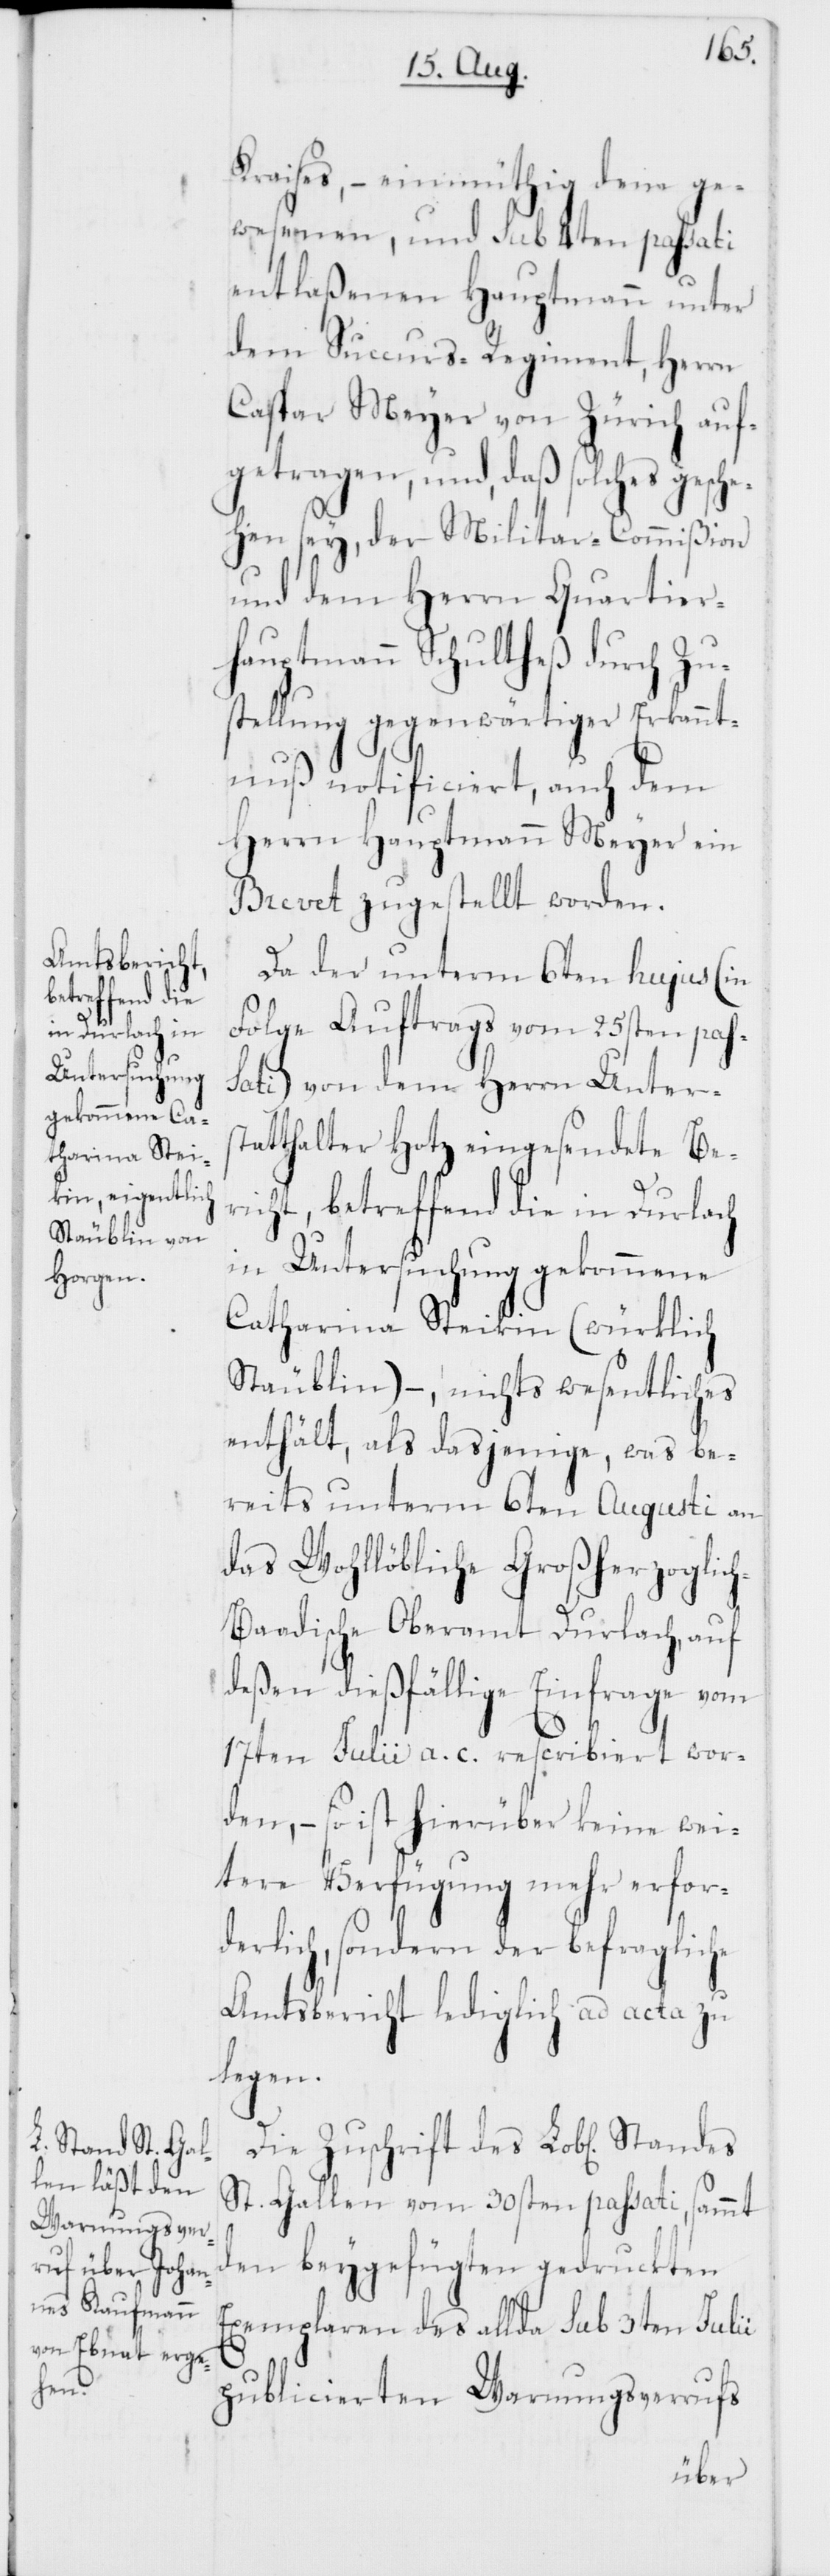
Kraises, – einmüthig dem ge¬
wesenen, und sub 4ten passati
entlaßenen Hauptmann unter
dem Succurs-Regiment, Herrn
Caspar Meyer von Zürich auf¬
getragen, und daß solches gesche¬
hen sey, der Militar-Commißion
und dem Herrn Quartier¬
hauptmann Schultheß durch Zu¬
stellung gegenwärtiger Erkannt¬
nuß notificiert, auch dem
Herrn Hauptmann Meyer ein
Brevet zugestellt worden.
Da der unterm 6ten hujus (in
Folge Auftrags vom 25sten pas¬
sati) von dem Herrn Unters¬
tatthalter Hotz eingesendete Be¬
richt, betreffend die in Durlach
in Untersuchung gekommene
Catharina Steikin (würklich
Stäublin) –, nichts wesentliches
enthält, als dasjenige, was be¬
reits unterm 6ten Augusti an
das Wohllöbliche Großherzoglic¬
h-Baadische Oberamt Durlach, auf
deßen dießfällige Einfrage vom
17ten Julii a. c. rescribiert wor¬
den, – so ist hierüber keine wei¬
tere Verfügung mehr erfor¬
derlich, sondern der befragliche
Amtsbericht lediglich ad acta zu
legen.
Die Zuschrift des Lobl[ichen]
St. Gallen vom 30sten passati, sammt
den beygefügten gedruckten
Exemplaren des allda sub 3ten Julii
publicierten Warnungsverrufs